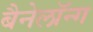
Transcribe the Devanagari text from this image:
बैनेलॉन्ग